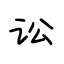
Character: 讼